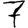
Digit: 7